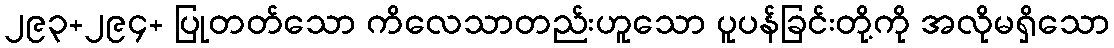
၂၉၃+၂၉၄+ ပြုတတ်သော ကိလေသာတည်းဟူသော ပူပန်ခြင်းတို့ကို အလိုမရှိသော